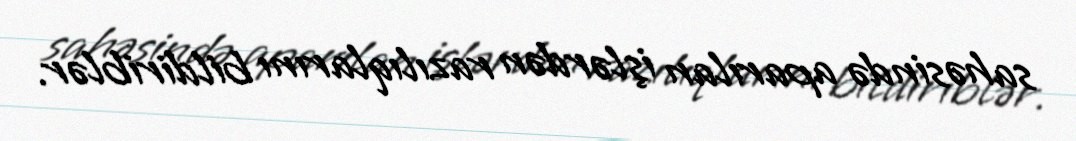
sahəsində aparılan işlərdən razılıqlarını bildiriblər.